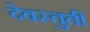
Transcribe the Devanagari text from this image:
देवस्तुती